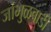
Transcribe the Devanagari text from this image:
जांभुळवाडी